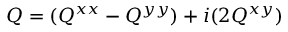
Q = ( Q ^ { x x } - Q ^ { y y } ) + i ( 2 Q ^ { x y } )